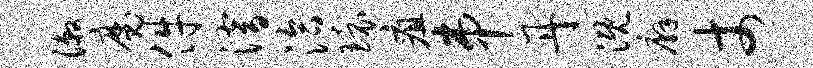
漱魔件潜洽环疽串丹溉廨丈